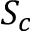
S _ { c }